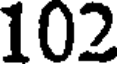
102